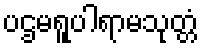
ပဌမရူပါရာမသုတ္တံ